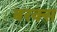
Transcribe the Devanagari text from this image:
बरक्‍स